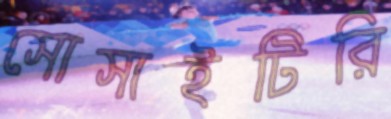
সোসাইটিরি